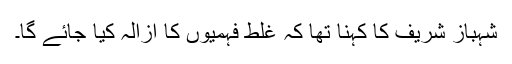
شہباز شریف کا کہنا تھا کہ غلط فہمیوں کا ازالہ کیا جائے گا۔